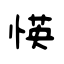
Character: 愥